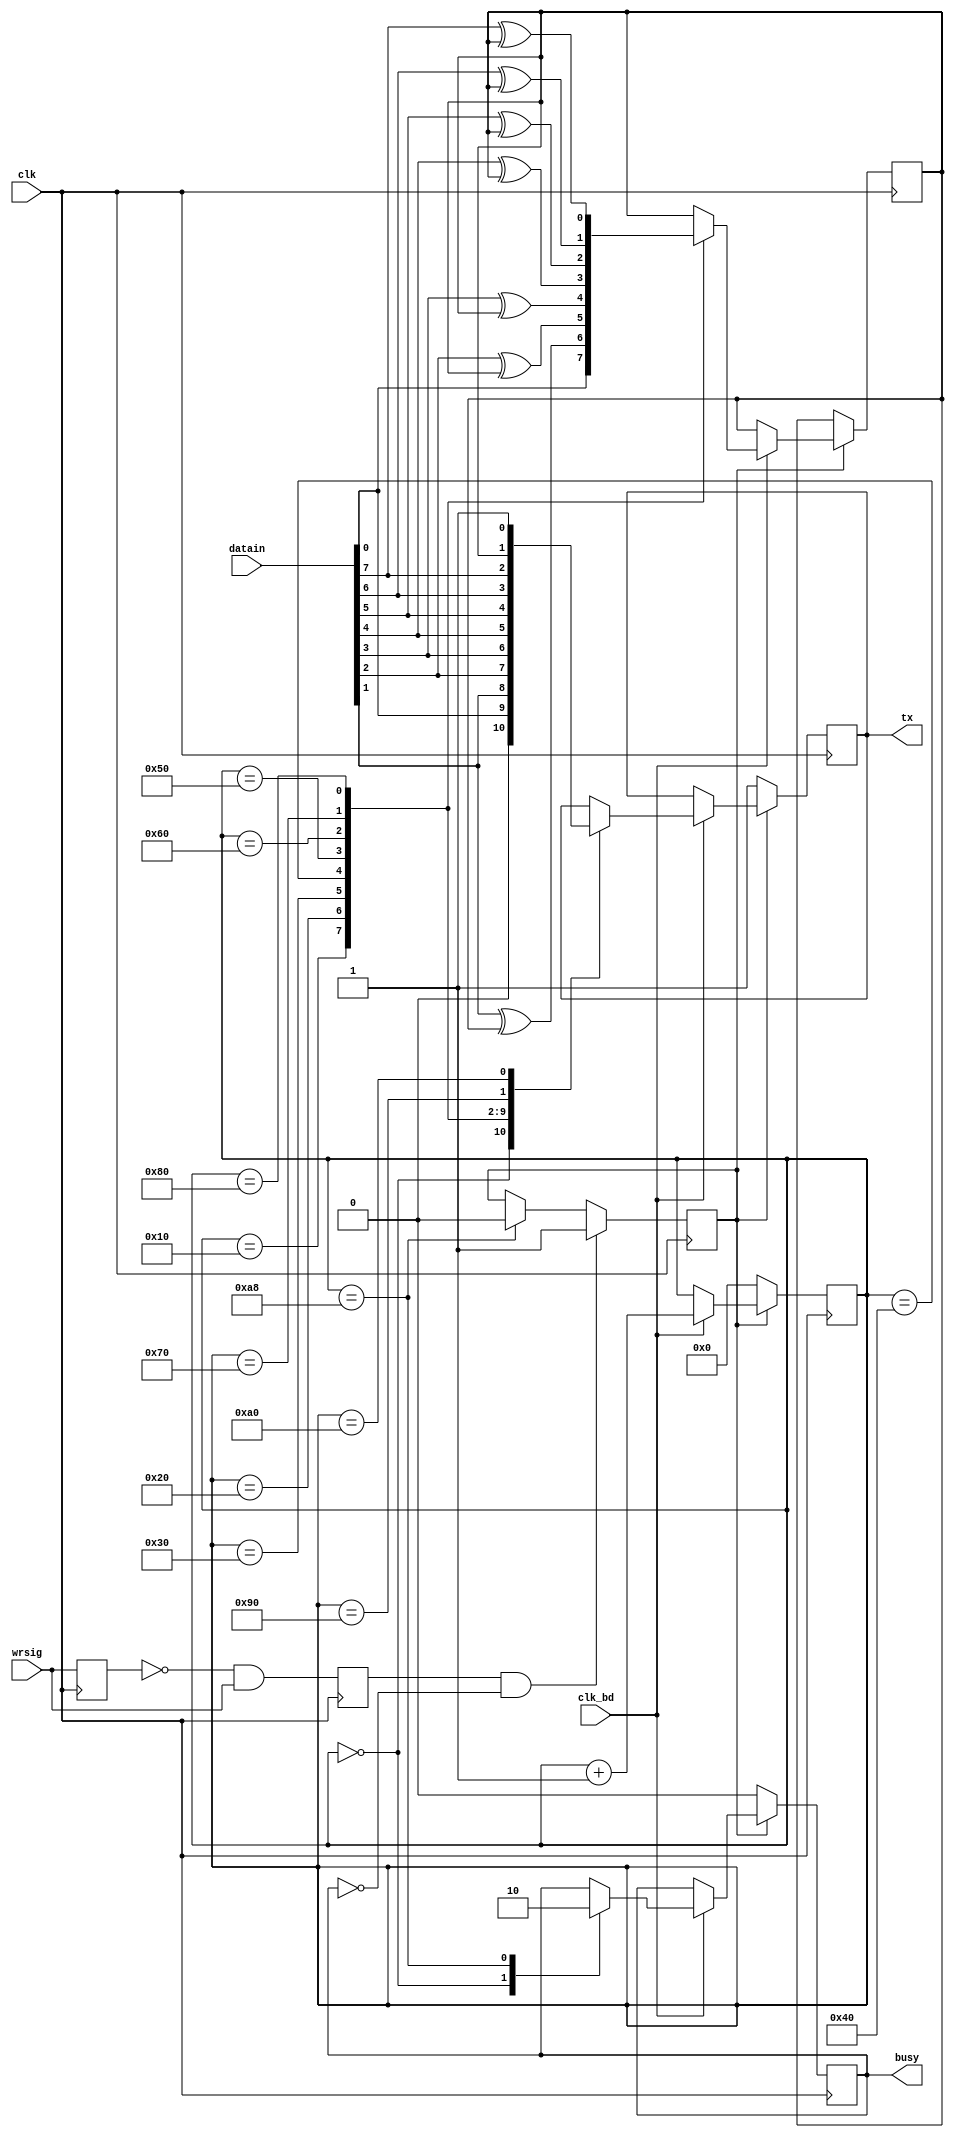
`timescale 1ns / 1ps
//////////////////////////////////////////////////////////////////////////////////
// Company: Tianjin University
// 
// Design Name: 
// Module Name: uarttx
// Project Name: 
// Target Devices: 
// Tool Versions: 
// Description: 
// 
// Dependencies: 
// 
// Revision:
// Revision 0.01 - File Created
// Additional Comments:
// 
//////////////////////////////////////////////////////////////////////////////////


module uarttx(clk,clk_bd,datain, wrsig, busy, tx);

input clk;               
input clk_bd;            
input [7:0] datain;      //()
input wrsig;             //
output busy;             //
output tx;               //

reg  busy, tx;
reg  send; 
reg  wrsigbuf, wrsigrise;         //
reg  presult;                     //
reg[7:0] cnt;                     //

parameter  paritymode = 1'b0; //

//
always @(posedge clk)
begin
   wrsigbuf <= wrsig;
   wrsigrise <= (~wrsigbuf) & wrsig;
end

always @(posedge clk)       //
  if(wrsigrise &&  (~busy))
    send <= 1'b1;
  else if(cnt == 8'd168)  
    send <= 1'b0;

always @(posedge clk)
    if(send)       //send
    begin
        if(clk_bd)   
        begin        //
            case(cnt)
                8'd0:  
                begin    
                  tx <= 1'b0;     //
                  busy <= 1'b1;   //Busy
                end
                8'd16: begin    tx <= datain[0];    //bit0
                  presult <= datain[0]^paritymode;end
                8'd32: begin    tx <= datain[1];    //bit1
                  presult <= datain[1]^presult; end
                8'd48: begin    tx <= datain[2];    //bit2
                  presult <= datain[2]^presult; end
                8'd64: begin    tx <= datain[3];    //bit3
                  presult <= datain[3]^presult; end
                8'd80: begin    tx <= datain[4];    //bit4
                  presult <= datain[4]^presult; end
                8'd96: begin      tx <= datain[5];  //bit5
                  presult <= datain[5]^presult;  end
                8'd112: begin    tx <= datain[6];   //bit6
                  presult <= datain[6]^presult;  end
                8'd128: begin    tx <= datain[7];   //bit7
                  presult <= datain[7]^presult;  end  
                8'd144:   tx <= presult;  //
                8'd160:   tx <= 1'b1;     //
                8'd168:   busy <= 1'b0;   //busy
                //default:
            endcase
            cnt <= cnt + 8'd1;
        end
    end
    else
    begin    
        tx <= 1'b1;
        cnt <= 8'd0;
        busy <= 1'b0;  
    end                  
endmodule